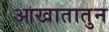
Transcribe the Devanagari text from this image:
आखातातुन